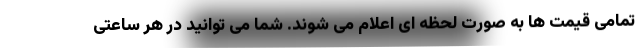
تمامی قیمت ها به صورت لحظه ای اعلام می شوند. شما می توانید در هر ساعتی